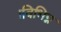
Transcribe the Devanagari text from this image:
।विभिन्न